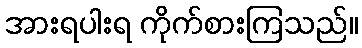
အားရပါးရ ကိုက်စားကြသည်။